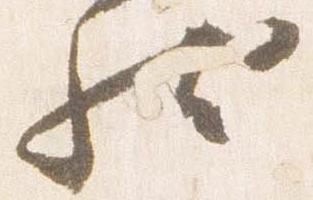
然